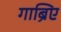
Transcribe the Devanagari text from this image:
गाब्रिए